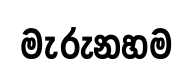
මැරුනහම